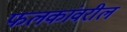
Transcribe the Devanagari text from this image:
फलकांवरील